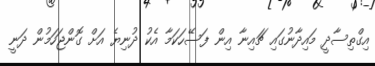
އިގްތިސާދީ މައިދާނުގައި ޗައިނާ އިން ފަސޭހަކަމާ އެކު ދުނިޔެ އަށް ގޮންޖަހަމުން ދަނީ